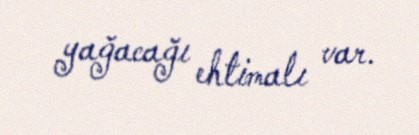
yağacağı ehtimalı var.